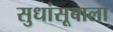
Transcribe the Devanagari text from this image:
सुधांसूबाला